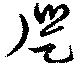
徙